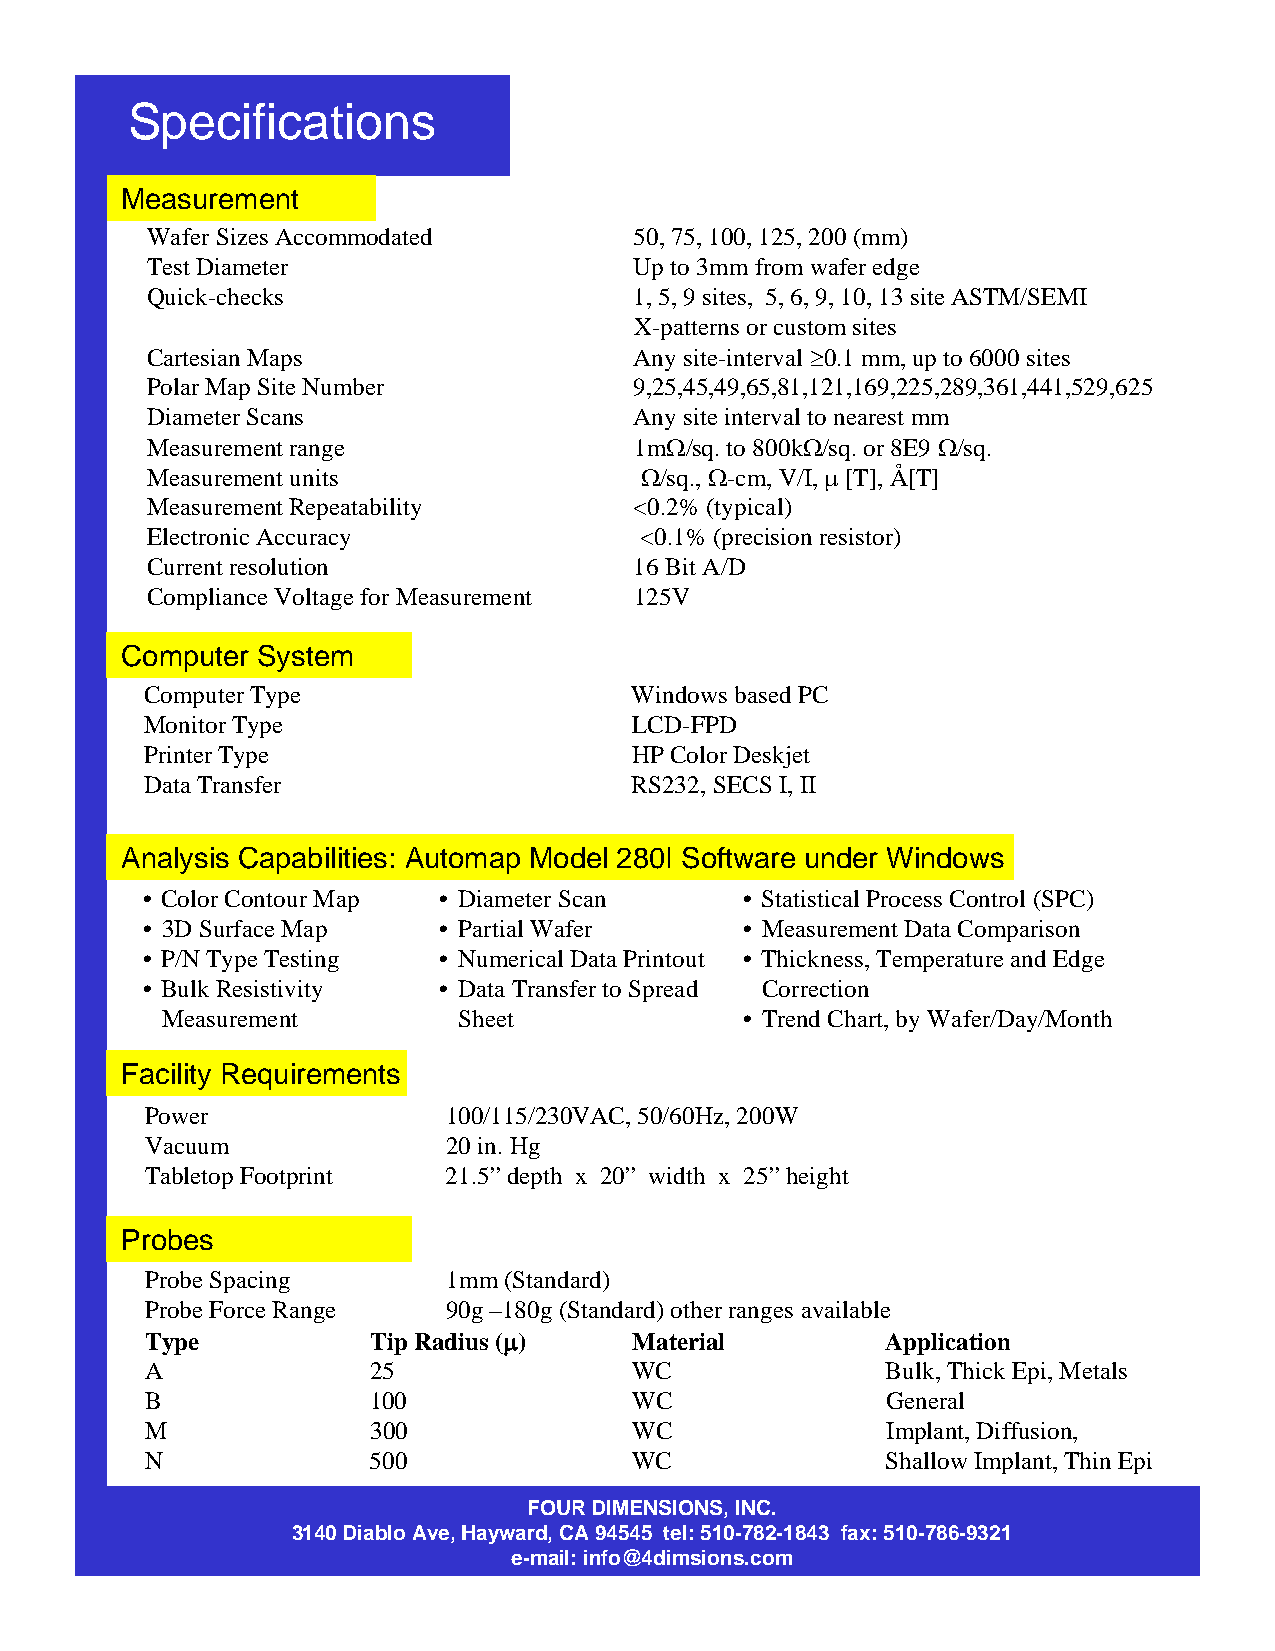
Specifications
 Measurement
 Wafer Sizes Accommodated        50, 75, 100, 125, 200 (mm)
 Test Diameter                   Up to 3mm from wafer edge
 Quick-checks                    1, 5, 9 sites, 5, 6, 9, 10, 13 site ASTM/SEMI
 X-patterns or custom sites
 Cartesian Maps                  Any site-interval ≥0.1 mm, up to 6000 sites
 Polar Map Site Number           9,25,45,49,65,81,121,169,225,289,361,441,529,625
 Diameter Scans                  Any site interval to nearest mm
 Measurement range               1mΩ/sq. to 800kΩ/sq. or 8E9 Ω/sq.
 Measurement units               Ω/sq., Ω-cm, V/I, µ[T], Å[T]
 Measurement Repeatability       <0.2% (typical)
 Electronic Accuracy             <0.1% (precision resistor)
 Current resolution              16 Bit A/D
 Compliance Voltage for Measurement 125V
 Computer System
 Computer Type                   Windows based PC
 Monitor Type                    LCD-FPD
 Printer Type                    HP Color Deskjet
 Data Transfer                   RS232, SECS I, II
 Analysis Capabilities: Automap Model 280I Software under Windows
 • Color Contour Map • Diameter Scan     • Statistical Process Control (SPC)
 • 3D Surface Map    • Partial Wafer     • Measurement Data Comparison
 • P/N Type Testing  • Numerical Data Printout • Thickness, Temperature and Edge
 • Bulk Resistivity  • Data Transfer to Spread Correction
 Measurement        Sheet              • Trend Chart, by Wafer/Day/Month
 Facility Requirements
 Power               100/115/230VAC, 50/60Hz, 200W
 Vacuum              20 in. Hg
 Tabletop Footprint  21.5” depth x 20” width x 25” height
 Probes
 Probe Spacing       1mm (Standard)
 Probe Force Range   90g –180g (Standard) other ranges available
 Type           Tip Radius (µ)   Material         Application
 A              25               WC               Bulk, Thick Epi, Metals
 B              100              WC               General
 M              300              WC               Implant, Diffusion,
 N              500              WC               Shallow Implant, Thin Epi
 FOUR DIMENSIONS, INC.
 3140 Diablo Ave, Hayward, CA 94545 tel: 510-782-1843 fax: 510-786-9321
 e-mail: info@4dimsions.com